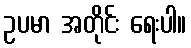
ဥပမာ အတိုင်း ရေးပါ။